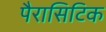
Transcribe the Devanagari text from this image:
पैरासिटिक